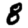
Digit: 8